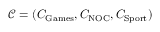
\mathcal { C } = ( C _ { \mathrm { G a m e s } } , C _ { \mathrm { N O C } } , C _ { \mathrm { S p o r t } } )